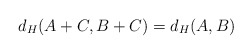
\begin{align*}d_H(A+C,B+C)=d_H(A,B)\end{align*}